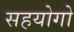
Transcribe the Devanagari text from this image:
सहयोगो